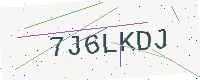
Text: 7J6LKDJ